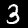
Digit: 3